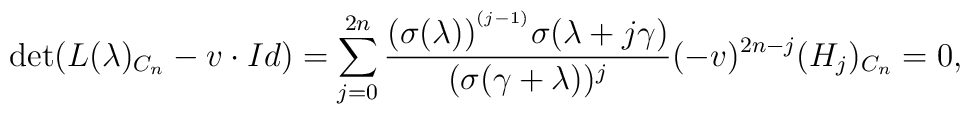
\det (L(\lambda )_{C_{n}}-v\cdot Id)=\sum_{j=0}^{2n}\frac{(\sigma (\lambda))^{^{(j-1)}}\sigma (\lambda +j\gamma )}{(\sigma (\gamma+\lambda ))^{j}} (-v)^{2n-j}(H_{j})_{C_{n}}=0,